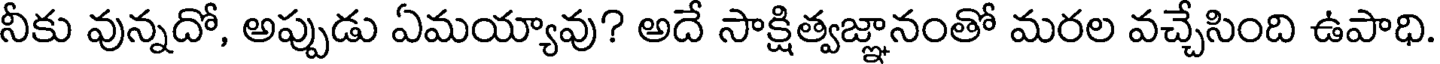
నీకు వున్నదో, అప్పుడు ఏమయ్యావు? అదే సాక్షిత్వజ్ఞానంతో మరల వచ్చేసింది ఉపాధి